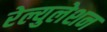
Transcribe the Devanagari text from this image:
रेल्युलेशन